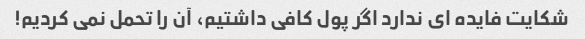
شکایت فایده ای ندارد اگر پول کافی داشتیم، آن را تحمل نمی کردیم!